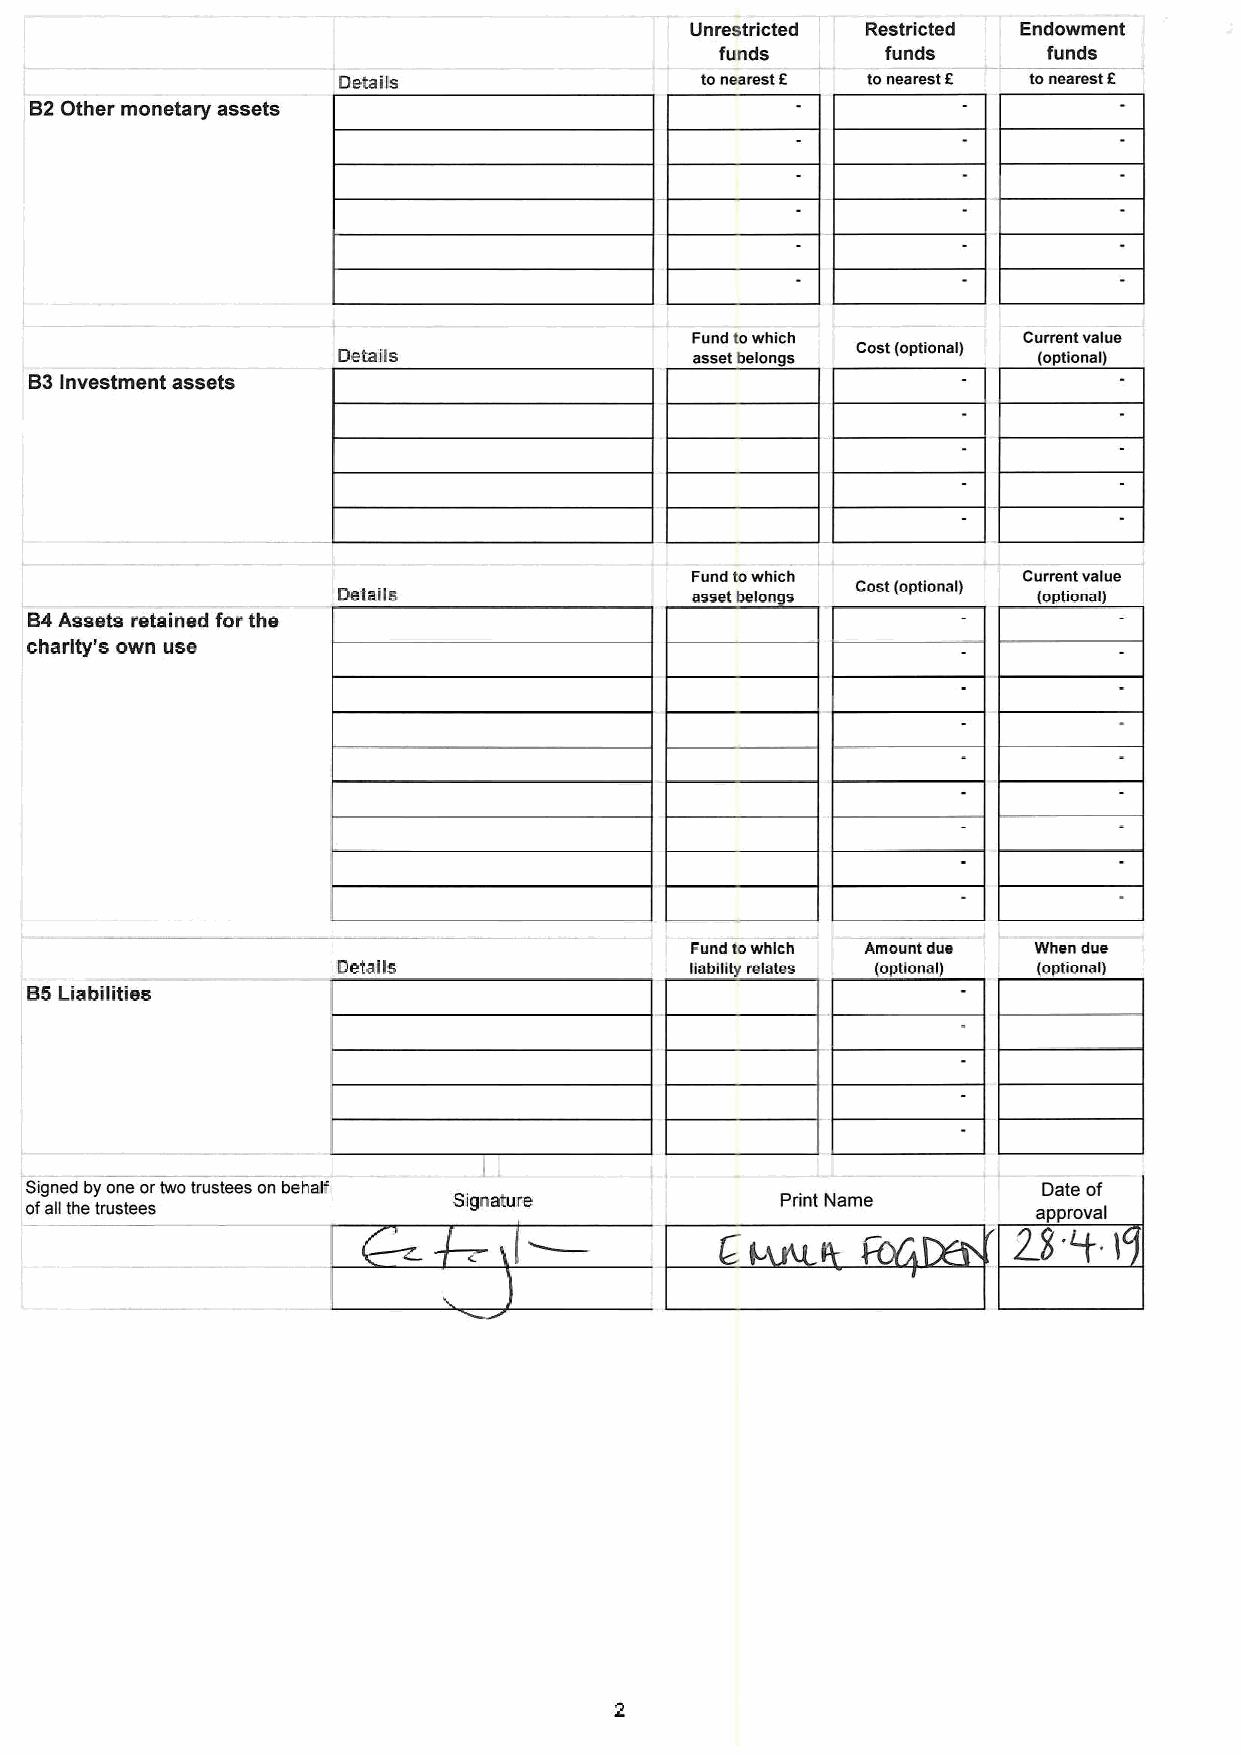
Unrestricted Restricted Endowment
 funds      funds     funds
 Details                 tonearest E 'lo rl8smst E tollenrest E
 62 Other monetary assets
 Fund towhich          Current value
 Details                 asset belongs Cost (OPlional) (optional)
 63 investment assets
 Fund towhich          Current value
 Details                 asset belongs          (optional)
 64Assets retained for the
 charity's own use
 Fund towhich Amount due When due
 Details                 lisbiidr relates (optional) (optional)
 65Liabilities
 Signed by one ortwo trustees on behatf                             Date of
 ofag the trustees           Signature             Print Name       approva)